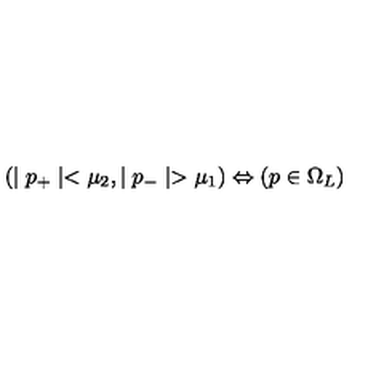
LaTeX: ( \mid p _ { + } \mid < \mu _ { 2 } , \mid p _ { - } \mid > \mu _ { 1 } ) \Leftrightarrow ( p \in \Omega _ { L } )